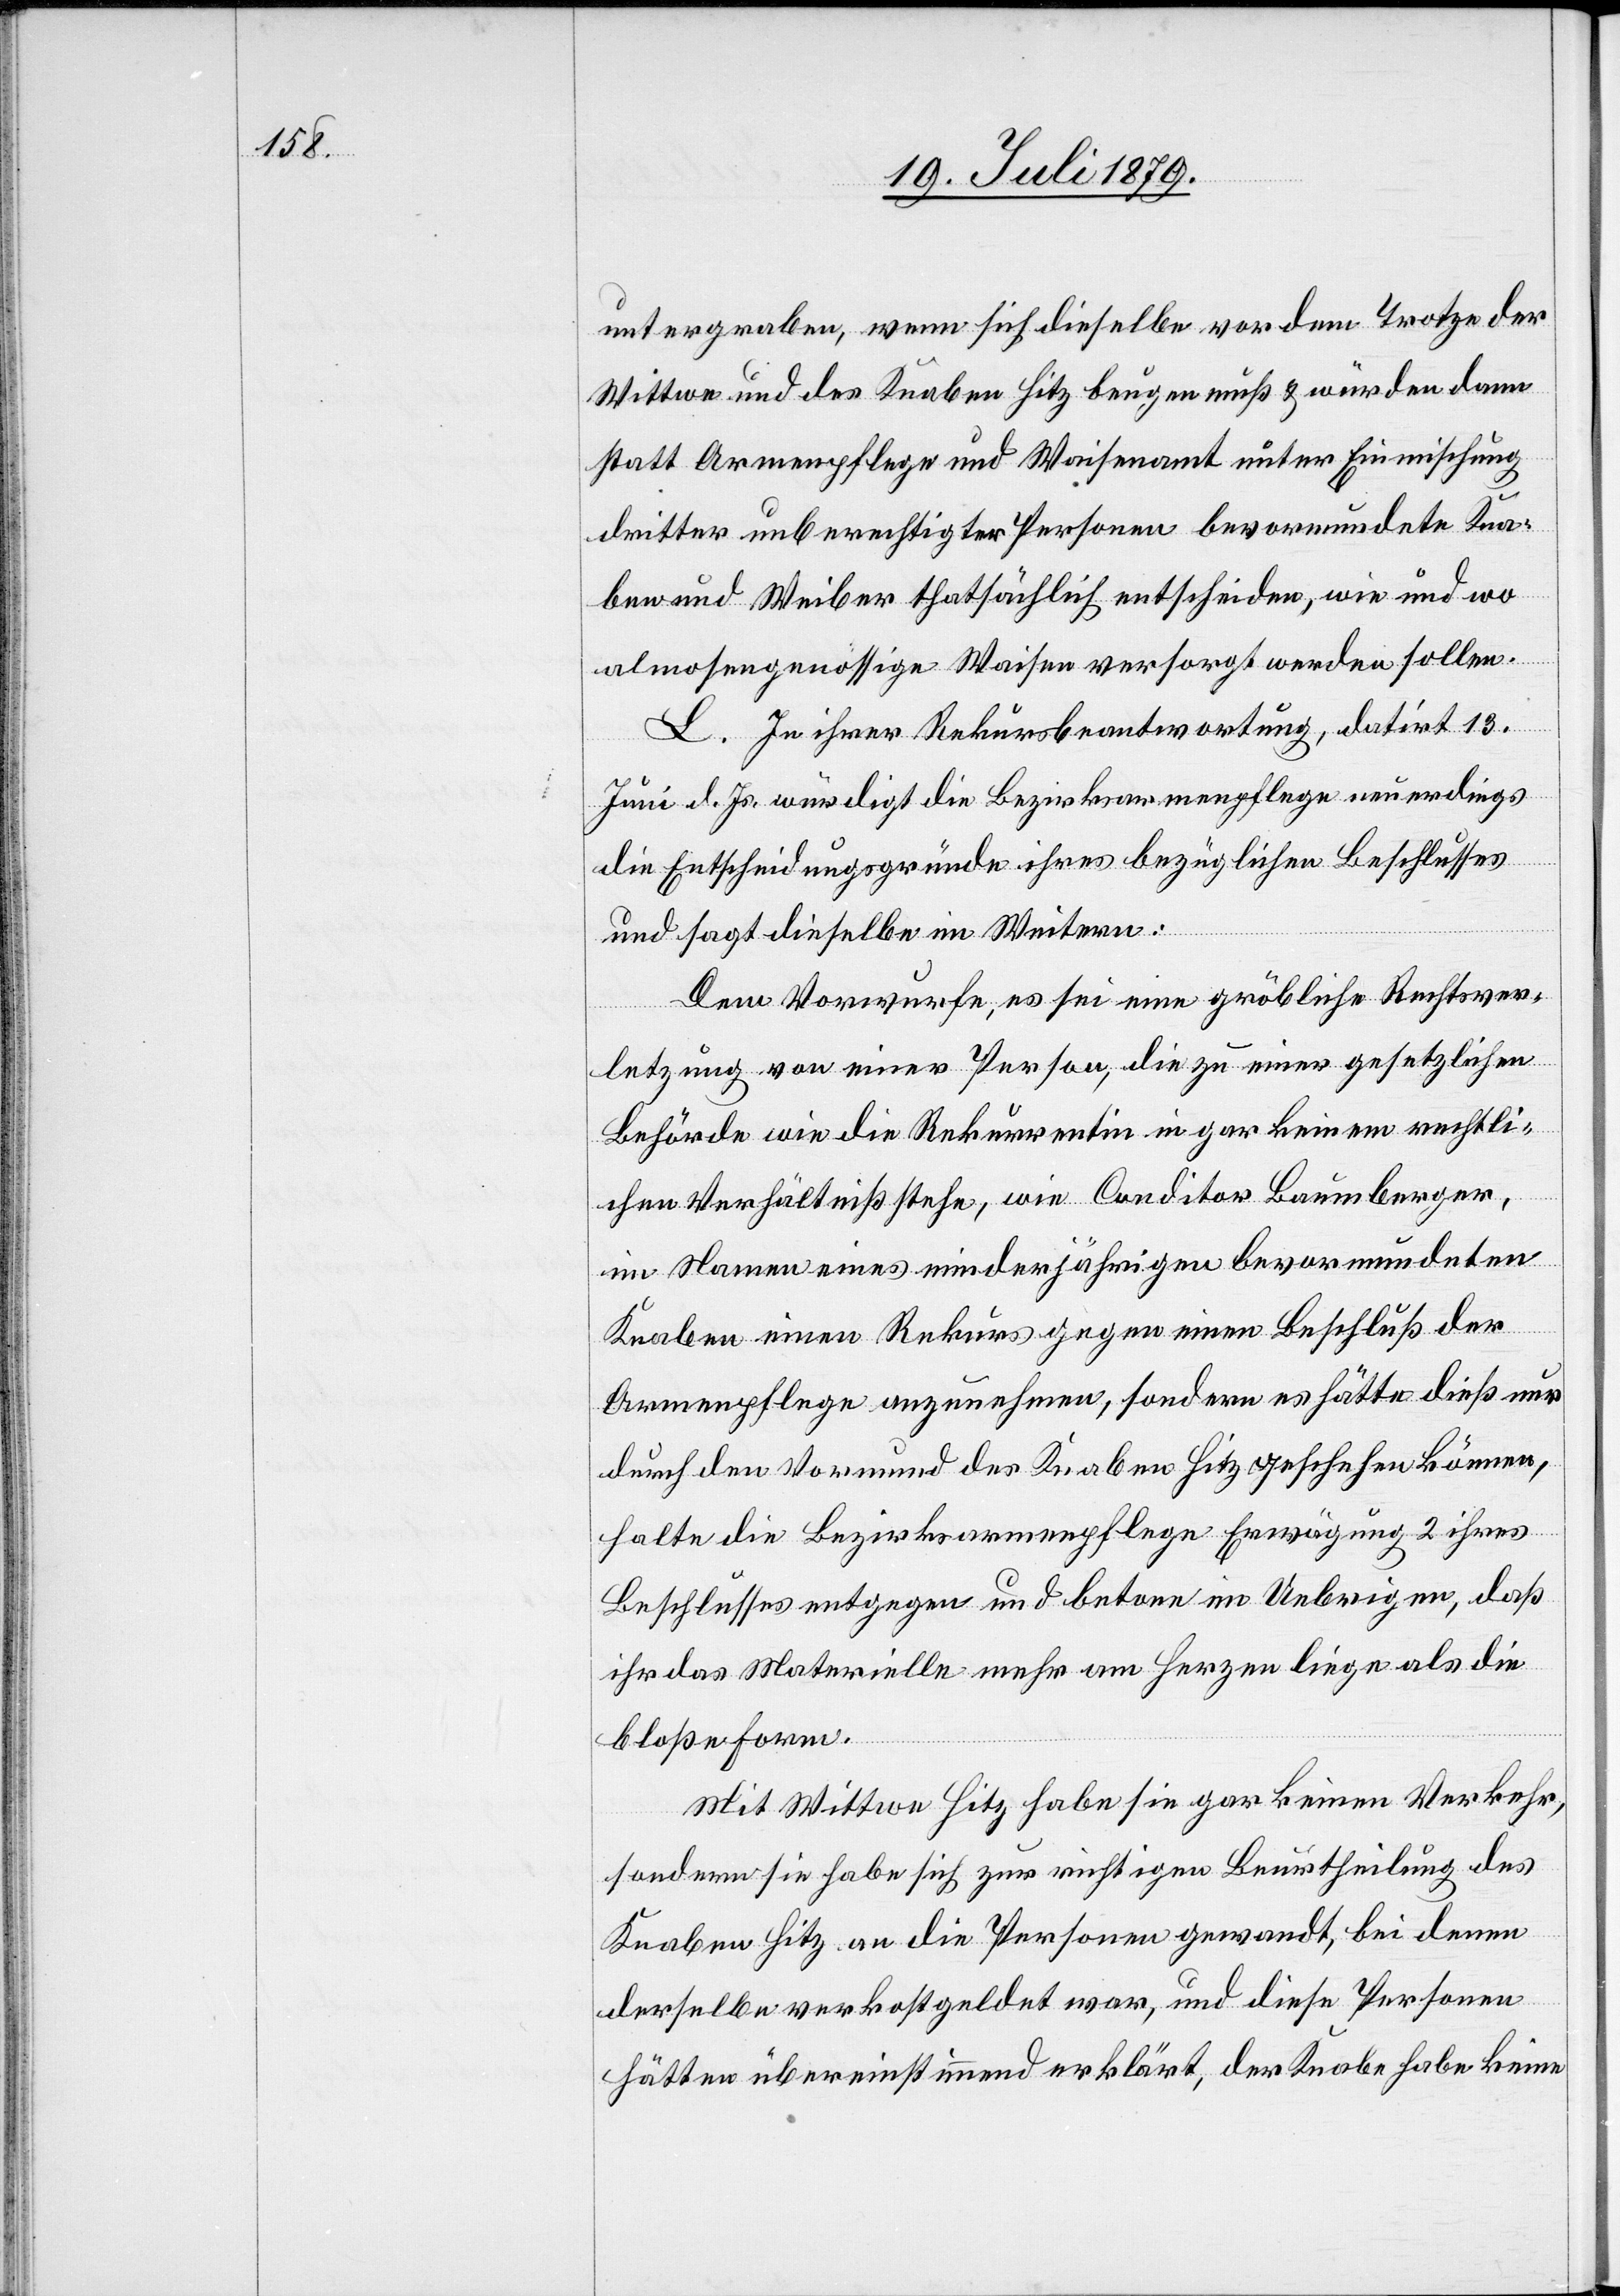
untergraben, wenn sich dieselbe vor dem Trotze der
Wittwe und des Knaben Hitz beugen muß & würden dann
statt Armenpflege und Waisenamt unter Einmischung
dritter unberechtigter Personen bevormundete Kna¬
ben und Weiber thatsächlich entscheiden, wie und wo
almosengenössige Waisen versorgt werden sollen.
L. In ihrer Rekursbeantwortung, datirt 13.
Juni d. Js. würdigt die Bezirksarmenpflege neuerdings
die Entscheidungsgründe ihres bezüglichen Beschlusses
und sagt dieselbe im Weitern:
Dem Vorwurfe, es sei eine gröbliche Rechtsver¬
letzung von einer Person, die zu einer gesetzlichen
Behörde wie die Rekurrentin in gar keinem rechtli¬
chen Verhältniß stehe, wie Conditor Baumberger,
im Namen eines minderjährigen bevormundeten
Knaben einen Rekurs gegen einen Beschluß der
Armenpflege anzunehmen, sondern es hätte dieß nur
durch den Vormund des Knaben Hitz geschehen können,
halte die Bezirksarmenpflege Erwägung 2 ihres
Beschlusses entgegen und betone im Uebrigen, daß
ihr das Materielle mehr am Herzen liege als die
bloße Form.
Mit Wittwe Hitz habe sie gar keinen Verkehr,
sondern sie habe sich zur richtigen Beurtheilung des
Knaben Hitz an die Personen gewandt, bei denen
derselbe verkostgeldet war, und diese Personen
hätten übereinstimmend erklärt, der Knabe habe keine